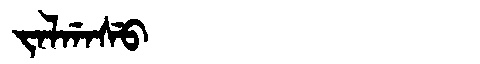
Manchu: ᠵᠠᠯᡤᠠᠰᡠ
Romanization: JALGASU